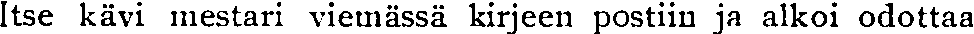
Itse kävi mestari viemässä kirjeen postiin ja alkoi odottaa